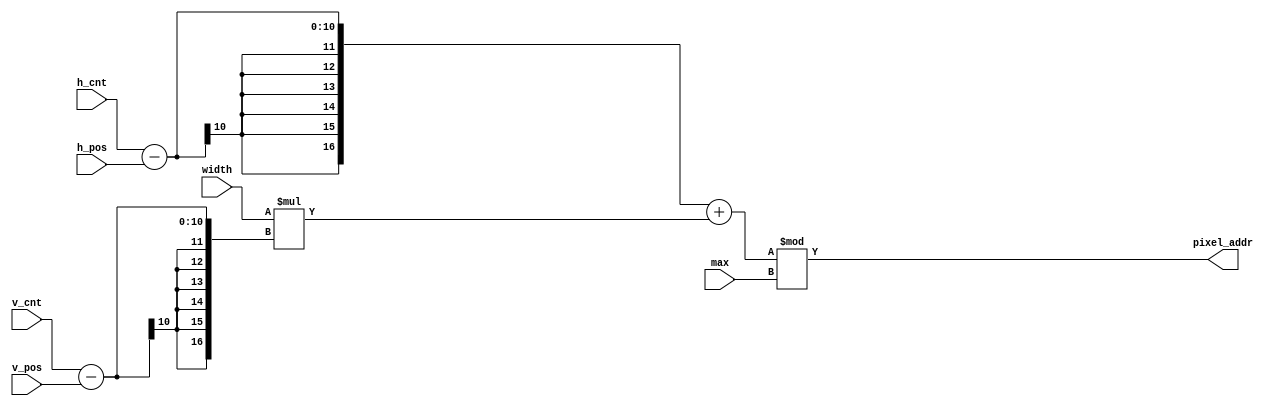
`timescale 1ns / 1ps
//////////////////////////////////////////////////////////////////////////////////
// Company: 
// Engineer: 
// 
// Design Name: 
// Module Name: mem_addr_gen
// Project Name: 
// Target Devices: 
// Tool Versions: 
// Description: 
// 
// Dependencies: 
// 
// Revision:
// Revision 0.01 - File Created
// Additional Comments:
// 
//////////////////////////////////////////////////////////////////////////////////


module mem_addr_gen ( /*input*/h_cnt, v_cnt, h_pos, v_pos, width, max,
/*output*/pixel_addr );

input [9:0] h_cnt, v_cnt;
input [9:0] h_pos,v_pos;
input [9:0] width;
input [16:0] max;

output wire [16:0] pixel_addr;

assign pixel_addr =  ( ( h_cnt - h_pos ) + width*( v_cnt - v_pos ) ) % max ;

endmodule